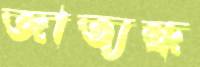
জাত্যন্ধ